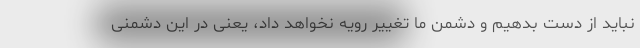
نباید از دست بدهیم و دشمن ما تغییر رویه نخواهد داد، یعنی در این دشمنی